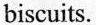
biscuits.